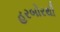
હરબોરથી